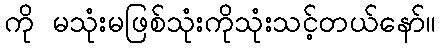
ကို မသုံးမဖြစ်သုံးကိုသုံးသင့်တယ်နော်။